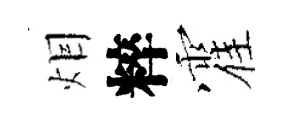
𤇆粹霍